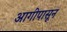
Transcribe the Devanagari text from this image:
आगीपासून